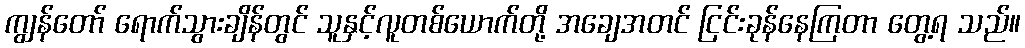
ကျွန်တော် ရောက်သွားချိန်တွင် သူနှင့်လူတစ်ယောက်တို့ အချေအတင် ငြင်းခုန်နေကြတာ တွေ့ရ သည်။